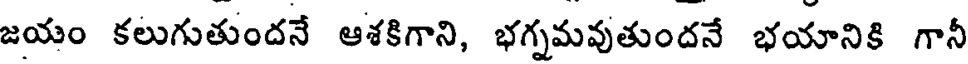
జయం కలుగుతుందనే ఆశకిగాని, భగ్నమవుతుందనే భయానికి గానీ